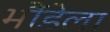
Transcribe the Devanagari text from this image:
भौंडेला